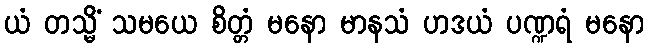
ယံ တသ္မိံ သမယေ စိတ္တံ မနော မာနသံ ဟဒယံ ပဏ္ဍရံ မနော